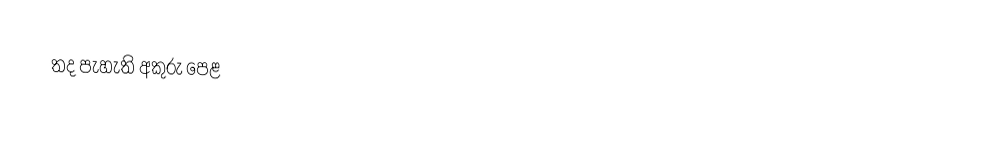
තද පැහැති අකුරු පෙළ